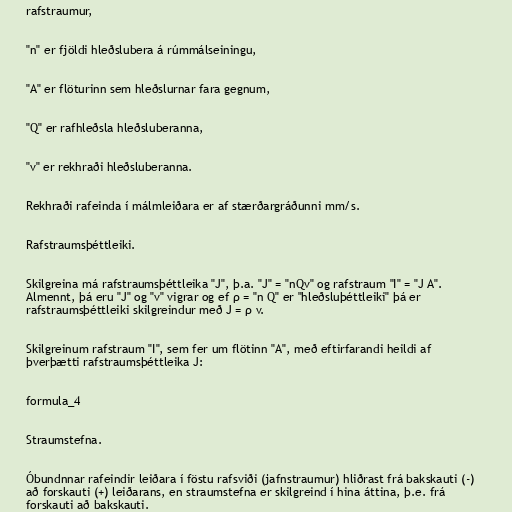
rafstraumur,

"n" er fjöldi hleðslubera á rúmmálseiningu,

"A" er flöturinn sem hleðslurnar fara gegnum,

"Q" er rafhleðsla hleðsluberanna,

"v" er rekhraði hleðsluberanna.

Rekhraði rafeinda í málmleiðara er af stærðargráðunni mm/s.

Rafstraumsþéttleiki.

Skilgreina má rafstraumsþéttleika "J", þ.a. "J" = "nQv" og rafstraum "I" = "J A".
Almennt, þá eru "J" og "v" vigrar og ef ρ = "n Q" er "hleðsluþéttleiki" þá er
rafstraumsþéttleiki skilgreindur með J = ρ v.

Skilgreinum rafstraum "I", sem fer um flötinn "A", með eftirfarandi heildi af
þverþætti rafstraumsþéttleika J:

formula_4

Straumstefna.

Óbundnnar rafeindir leiðara í föstu rafsviði (jafnstraumur) hliðrast frá bakskauti (-)
að forskauti (+) leiðarans, en straumstefna er skilgreind í hina áttina, þ.e. frá
forskauti að bakskauti.